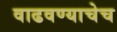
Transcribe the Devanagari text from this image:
वाढवण्याचेच